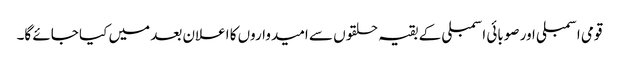
قومی اسمبلی اور صوبائی اسمبلی کے بقیہ حلقوں سے امیدواروں کا اعلان بعد میں کیا جائے گا۔